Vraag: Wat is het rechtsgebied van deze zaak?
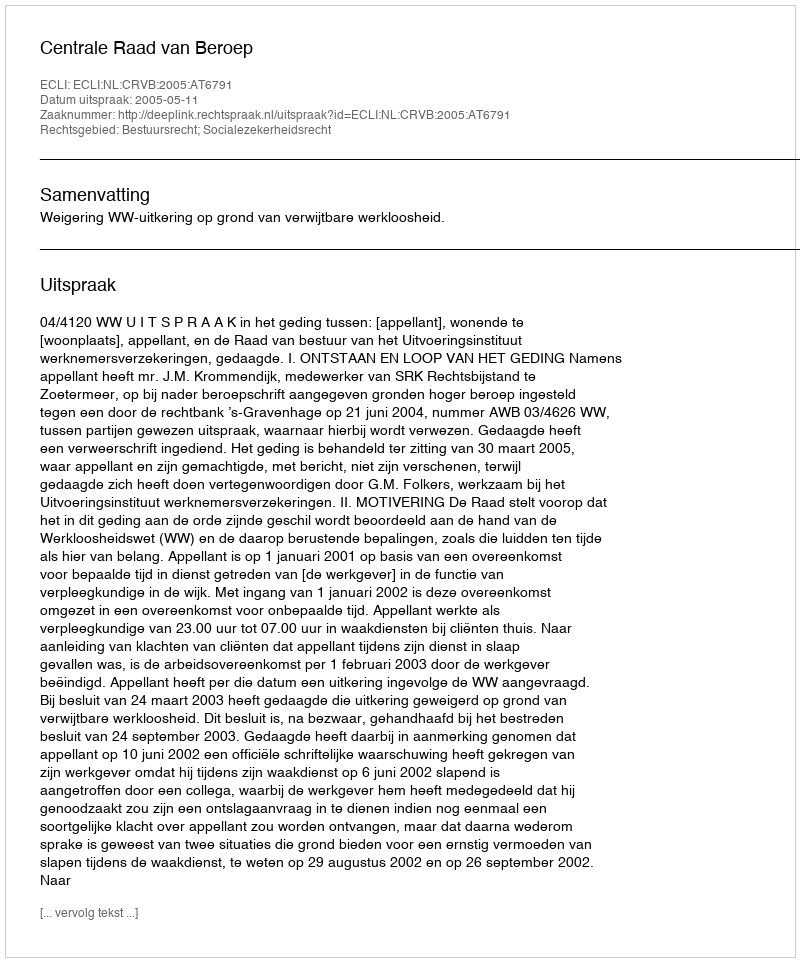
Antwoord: Bestuursrecht; Socialezekerheidsrecht